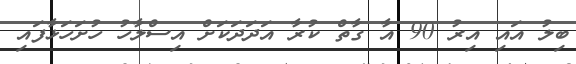
ބިލު އައި އިރު 90 އާ ގާތް ކުރާ އަދަދަކަށް އިސްލާހު ހުށަހަޅާފައި